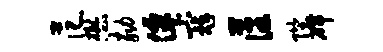
范懋劾仙寇藩陛碑